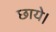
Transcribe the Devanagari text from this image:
छाये।